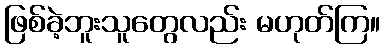
ဖြစ်ခဲ့ဘူးသူတွေလည်း မဟုတ်ကြ။